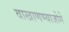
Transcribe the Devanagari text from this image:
वाखाणण्याजोगे